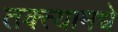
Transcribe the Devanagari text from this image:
तक्त्यामधे